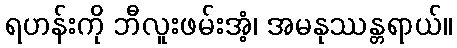
ရဟန်းကို ဘီလူးဖမ်းအံ့၊ အမနုဿန္တရာယ်။